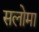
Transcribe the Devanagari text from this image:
सलोमा